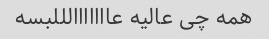
همه چی عالیه عااااااالللبسه